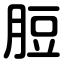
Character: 脰